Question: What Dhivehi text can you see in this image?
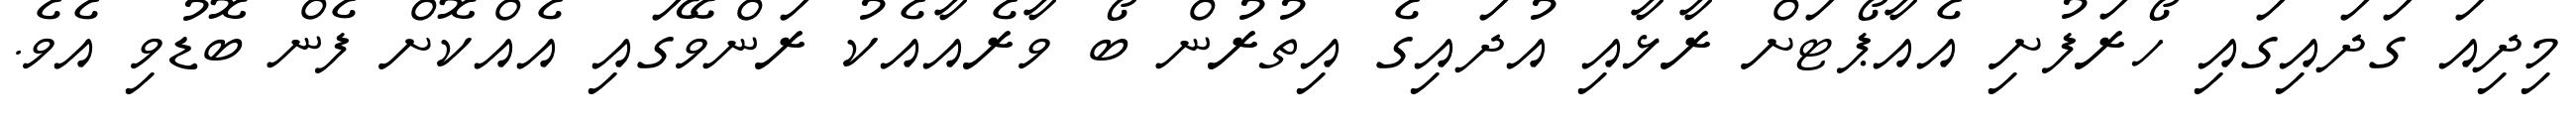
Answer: މިދިއަ ގަދައިގައި ހޯރަފުށި އެއާޕޯޓަށް ރާޅާއި އުދައިގެ އިތުރުން ބޯ ވާރެއާއެކު ރަންވޭގައި އެއްކޮށް ފެން ބޮޑުވި އެވެ.